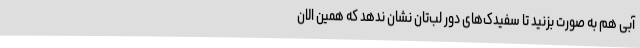
آبی هم به صورت بزنید تا سفیدک‌های دور لب‌تان نشان ندهد که همین الان